Mental hospitals Bombay report 1929-33 - 1929-1933
Year: 1929
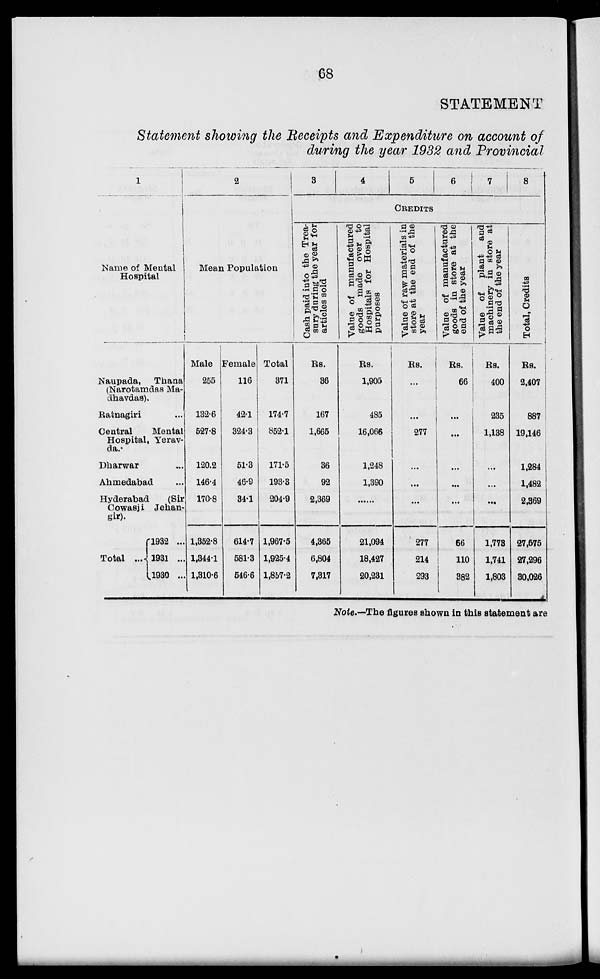
68
STATEMENT
Statement showing the Receipts and Expenditure on account of
during the year 1932 and Provincial
1
Name of Mental
Hospital
Naupada,
Thana
(Narotamdas Ma¬
dhavdas).
Ratnagiri...
Central
Mental
Hospital, Yerav¬
da.
Dharwar...
Ahmedabad...
Hyderabad
(Sir
Cowasji Jehan¬
gir).
Total ...
1932 ...
l93l ...
1930 ...
2
Mean Population
Male
255
132.6
527.8
120.2
146.4
170.8
1,352.8
1,344.1
1,310.6
Female
116
42.1
324.3
51.3
46.9
34.1
614.7
581.3
546.6
Total
371
174.7
852.1
171.5
193.3
204.9
1,967.5
1,925.4
1,857.2
3
4
5
6
7
8
CREDITS
Cash paid into the Trea-
sury during the year for
articles sold
Rs.
36
167
1,665
36
92
2,369
4,365
6,804
7,317
Value of manufactured
goods made over to
Hospitals for Hospital
purposes
Rs.
1,905
485
16,066
1,248
1,390
21,094
18,427
20,231
Value of raw materials in
store at the end of the
year
Rs.
...
277
...
...
...
277
214
293
Value of manufactured
goods in store at the
end of the year
Rs.
66
...
...
...
...
...
66
110
382
Value of plant and
machinery in store at
the end of the year
Rs.
400
235
1,138
...
...
...
1,773
1,741
1,803
Total, Credits
Rs.
2,407
887
19,146
1,284
1,482
2,369
27,575
27,296
30,026
Note.—The figures shown in this statement are